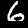
Digit: 6